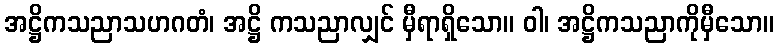
အဋ္ဌိကသညာသဟဂတံ၊ အဋ္ဌိ ကသညာလျှင် မှီရာရှိသော။ ဝါ၊ အဋ္ဌိကသညာကိုမှီသော။